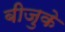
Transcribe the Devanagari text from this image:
बीजुके